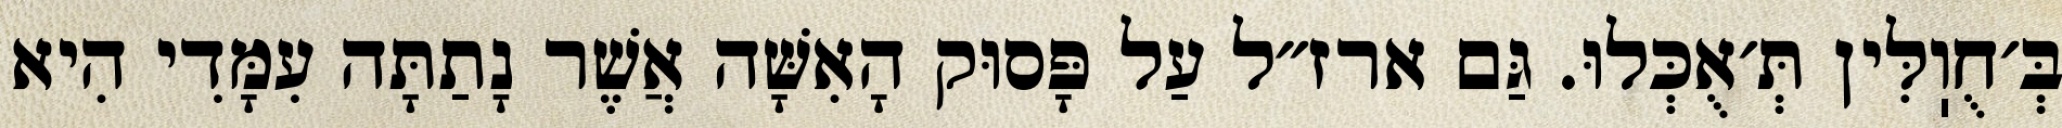
בְּ׳חֻוֽלִּין תְּ׳אֻכְּלוּ. גַּם ארז״ל עַל פָּסוּק הָאִשָּׁה אֲשֶׁר נָתַתָּה עִמָּדִי הִיא